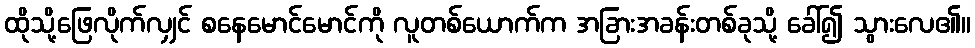
ထိုသို့ဖြေလိုက်လျှင် စနေမောင်မောင်ကို လူတစ်ယောက်က အခြားအခန်းတစ်ခုသို့ ခေါ်၍ သွားလေ၏။